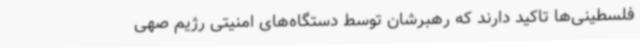
فلسطینی‌ها تاکید دارند که رهبرشان توسط دستگاه‌های امنیتی رژیم صهی